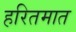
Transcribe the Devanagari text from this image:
हरितमात